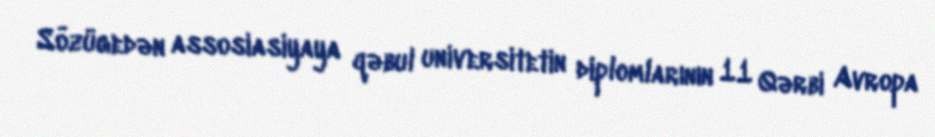
Sözügedən assosiasiyaya qəbul universitetin diplomlarının 11 Qərbi Avropa